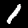
Label: 1